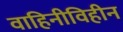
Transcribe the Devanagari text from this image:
वाहिनीविहीन